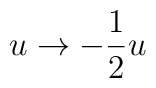
u \rightarrow - \frac{1}{2} u